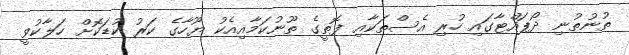
ތުނުތުނި ދޯޕައްޓާގައި ހުރި އެސްތަކާއި ފޮތީގެ ތޫނުކަމާއިއެކު ޔޫހާގެ ކަރު ކުޑަކޮށް ހަލާކުވީ